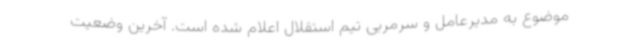
موضوع به مدیرعامل و سرمربی تیم استقلال اعلام شده است. آخرین وضعیت